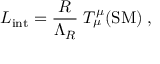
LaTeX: { \cal L } _ { \mathrm { i n t } } = \frac { R } { \Lambda _ { R } } \; T _ { \mu } ^ { \mu } ( \mathrm { S M } ) \; ,